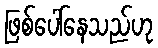
ဖြစ်ပေါ်နေသည်ဟု